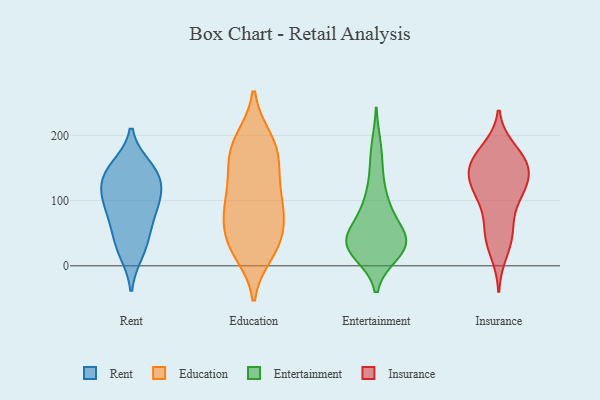
{"axis": {"x": "Conversion Rate (%)", "y": "Value"}, "legend": ["Education", "Entertainment", "Insurance", "Rent"], "data": [{"x": "", "y": 140, "type": "Rent"}, {"x": "", "y": 139, "type": "Rent"}, {"x": "", "y": 61, "type": "Rent"}, {"x": "", "y": 129, "type": "Rent"}, {"x": "", "y": 89, "type": "Rent"}, {"x": "", "y": 100, "type": "Rent"}, {"x": "", "y": 36, "type": "Rent"}, {"x": "", "y": 150, "type": "Rent"}, {"x": "", "y": 98, "type": "Rent"}, {"x": "", "y": 22, "type": "Rent"}, {"x": "", "y": 34, "type": "Education"}, {"x": "", "y": 97, "type": "Education"}, {"x": "", "y": 148, "type": "Education"}, {"x": "", "y": 92, "type": "Education"}, {"x": "", "y": 157, "type": "Education"}, {"x": "", "y": 31, "type": "Education"}, {"x": "", "y": 128, "type": "Education"}, {"x": "", "y": 97, "type": "Education"}, {"x": "", "y": 79, "type": "Education"}, {"x": "", "y": 166, "type": "Education"}, {"x": "", "y": 32, "type": "Education"}, {"x": "", "y": 75, "type": "Education"}, {"x": "", "y": 48, "type": "Education"}, {"x": "", "y": 20, "type": "Education"}, {"x": "", "y": 189, "type": "Education"}, {"x": "", "y": 189, "type": "Education"}, {"x": "", "y": 194, "type": "Education"}, {"x": "", "y": 19, "type": "Entertainment"}, {"x": "", "y": 30, "type": "Entertainment"}, {"x": "", "y": 146, "type": "Entertainment"}, {"x": "", "y": 75, "type": "Entertainment"}, {"x": "", "y": 46, "type": "Entertainment"}, {"x": "", "y": 32, "type": "Entertainment"}, {"x": "", "y": 19, "type": "Entertainment"}, {"x": "", "y": 183, "type": "Entertainment"}, {"x": "", "y": 38, "type": "Entertainment"}, {"x": "", "y": 96, "type": "Entertainment"}, {"x": "", "y": 34, "type": "Entertainment"}, {"x": "", "y": 101, "type": "Entertainment"}, {"x": "", "y": 41, "type": "Entertainment"}, {"x": "", "y": 45, "type": "Entertainment"}, {"x": "", "y": 112, "type": "Insurance"}, {"x": "", "y": 55, "type": "Insurance"}, {"x": "", "y": 155, "type": "Insurance"}, {"x": "", "y": 102, "type": "Insurance"}, {"x": "", "y": 149, "type": "Insurance"}, {"x": "", "y": 20, "type": "Insurance"}, {"x": "", "y": 143, "type": "Insurance"}, {"x": "", "y": 121, "type": "Insurance"}, {"x": "", "y": 158, "type": "Insurance"}, {"x": "", "y": 46, "type": "Insurance"}, {"x": "", "y": 51, "type": "Insurance"}, {"x": "", "y": 128, "type": "Insurance"}, {"x": "", "y": 171, "type": "Insurance"}, {"x": "", "y": 156, "type": "Insurance"}, {"x": "", "y": 178, "type": "Insurance"}, {"x": "", "y": 108, "type": "Insurance"}]}